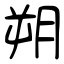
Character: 朔